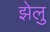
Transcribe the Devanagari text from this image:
झेलु